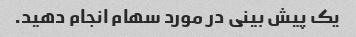
یک پیش بینی در مورد سهام انجام دهید.